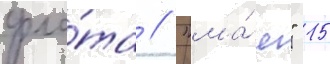
фло́та // "ма́я" 15